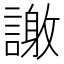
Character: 𮘴